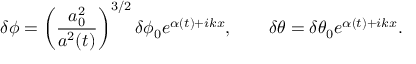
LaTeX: \delta \phi = \left( \frac { a _ { 0 } ^ { 2 } } { a ^ { 2 } ( t ) } \right) ^ { 3 / 2 } \delta \phi _ { 0 } e ^ { \alpha ( t ) + i k x } , \qquad \delta \theta = \delta \theta _ { 0 } e ^ { \alpha ( t ) + i k x } .